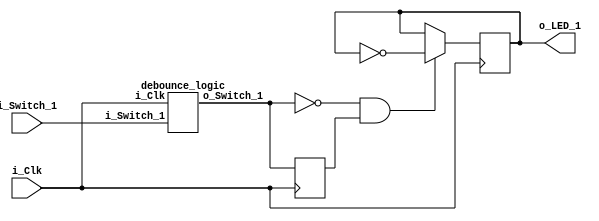
module clocked_logic(
    input i_Clk,
    input i_Switch_1,
    output o_LED_1
);
    reg r_Switch_1 = 1'b0;
    reg r_LED_1 = 1'b0;
    wire w_Switch_1;

    debounce_logic dlu(
        .i_Clk(i_Clk),
        .i_Switch_1(i_Switch_1),
        .o_Switch_1(w_Switch_1)
    );

    always @(posedge i_Clk) begin
        // Creates a register 
        r_Switch_1 <= w_Switch_1; 

        // Falling edge
       if (w_Switch_1 == 1'b0 && r_Switch_1 == 1'b1) begin 
            r_LED_1 <= ~r_LED_1;
       end
    end

    assign o_LED_1 = r_LED_1;
endmodule

module debounce_logic(
    input i_Clk,
    input i_Switch_1,
    output o_Switch_1
);
    parameter DEBOUNCE_LIMIT = 250000; // 10ms at 25 MHz

    reg [17:0] count = 0;
    reg r_State = 1'b0;

    always @(posedge i_Clk) begin
        if (i_Switch_1 !== r_State && count < DEBOUNCE_LIMIT) begin
            count <= count + 1;
        end else if (count == DEBOUNCE_LIMIT) begin
            r_State <= i_Switch_1;
            count <= 0;
        end else begin
            count <= 0;
        end
    end

    assign o_Switch_1 = r_State;

endmodule